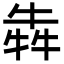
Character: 犇